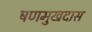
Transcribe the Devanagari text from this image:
षणमुखदास